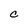
Character: C